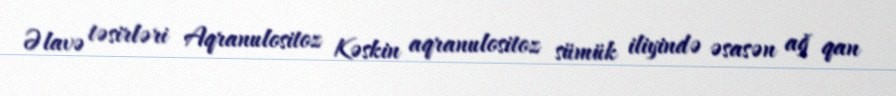
Əlavə təsirləri Aqranulositoz Kəskin aqranulositoz sümük iliyində əsasən ağ qan